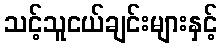
သင့်သူငယ်ချင်းများနှင့်